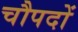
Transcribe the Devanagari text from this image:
चौपदों